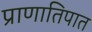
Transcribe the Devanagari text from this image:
प्राणातिपात